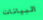
البيانات